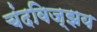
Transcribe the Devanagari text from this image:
चंदविज्झय